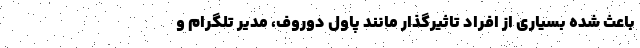
باعث شده بسیاری از افراد تاثیرگذار مانند پاول دوروف، مدیر تلگرام و